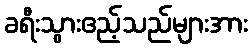
ခရီးသွားဧည့်သည်များအား